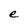
Character: e